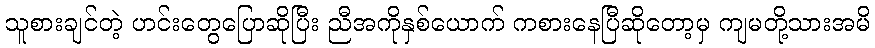
သူစားချင်တဲ့ ဟင်းတွေပြောဆိုပြီး ညီအကိုနှစ်ယောက် ကစားနေပြီဆိုတော့မှ ကျမတို့သားအမိ